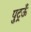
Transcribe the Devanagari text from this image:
पुट्रऊँ